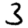
Digit: 3